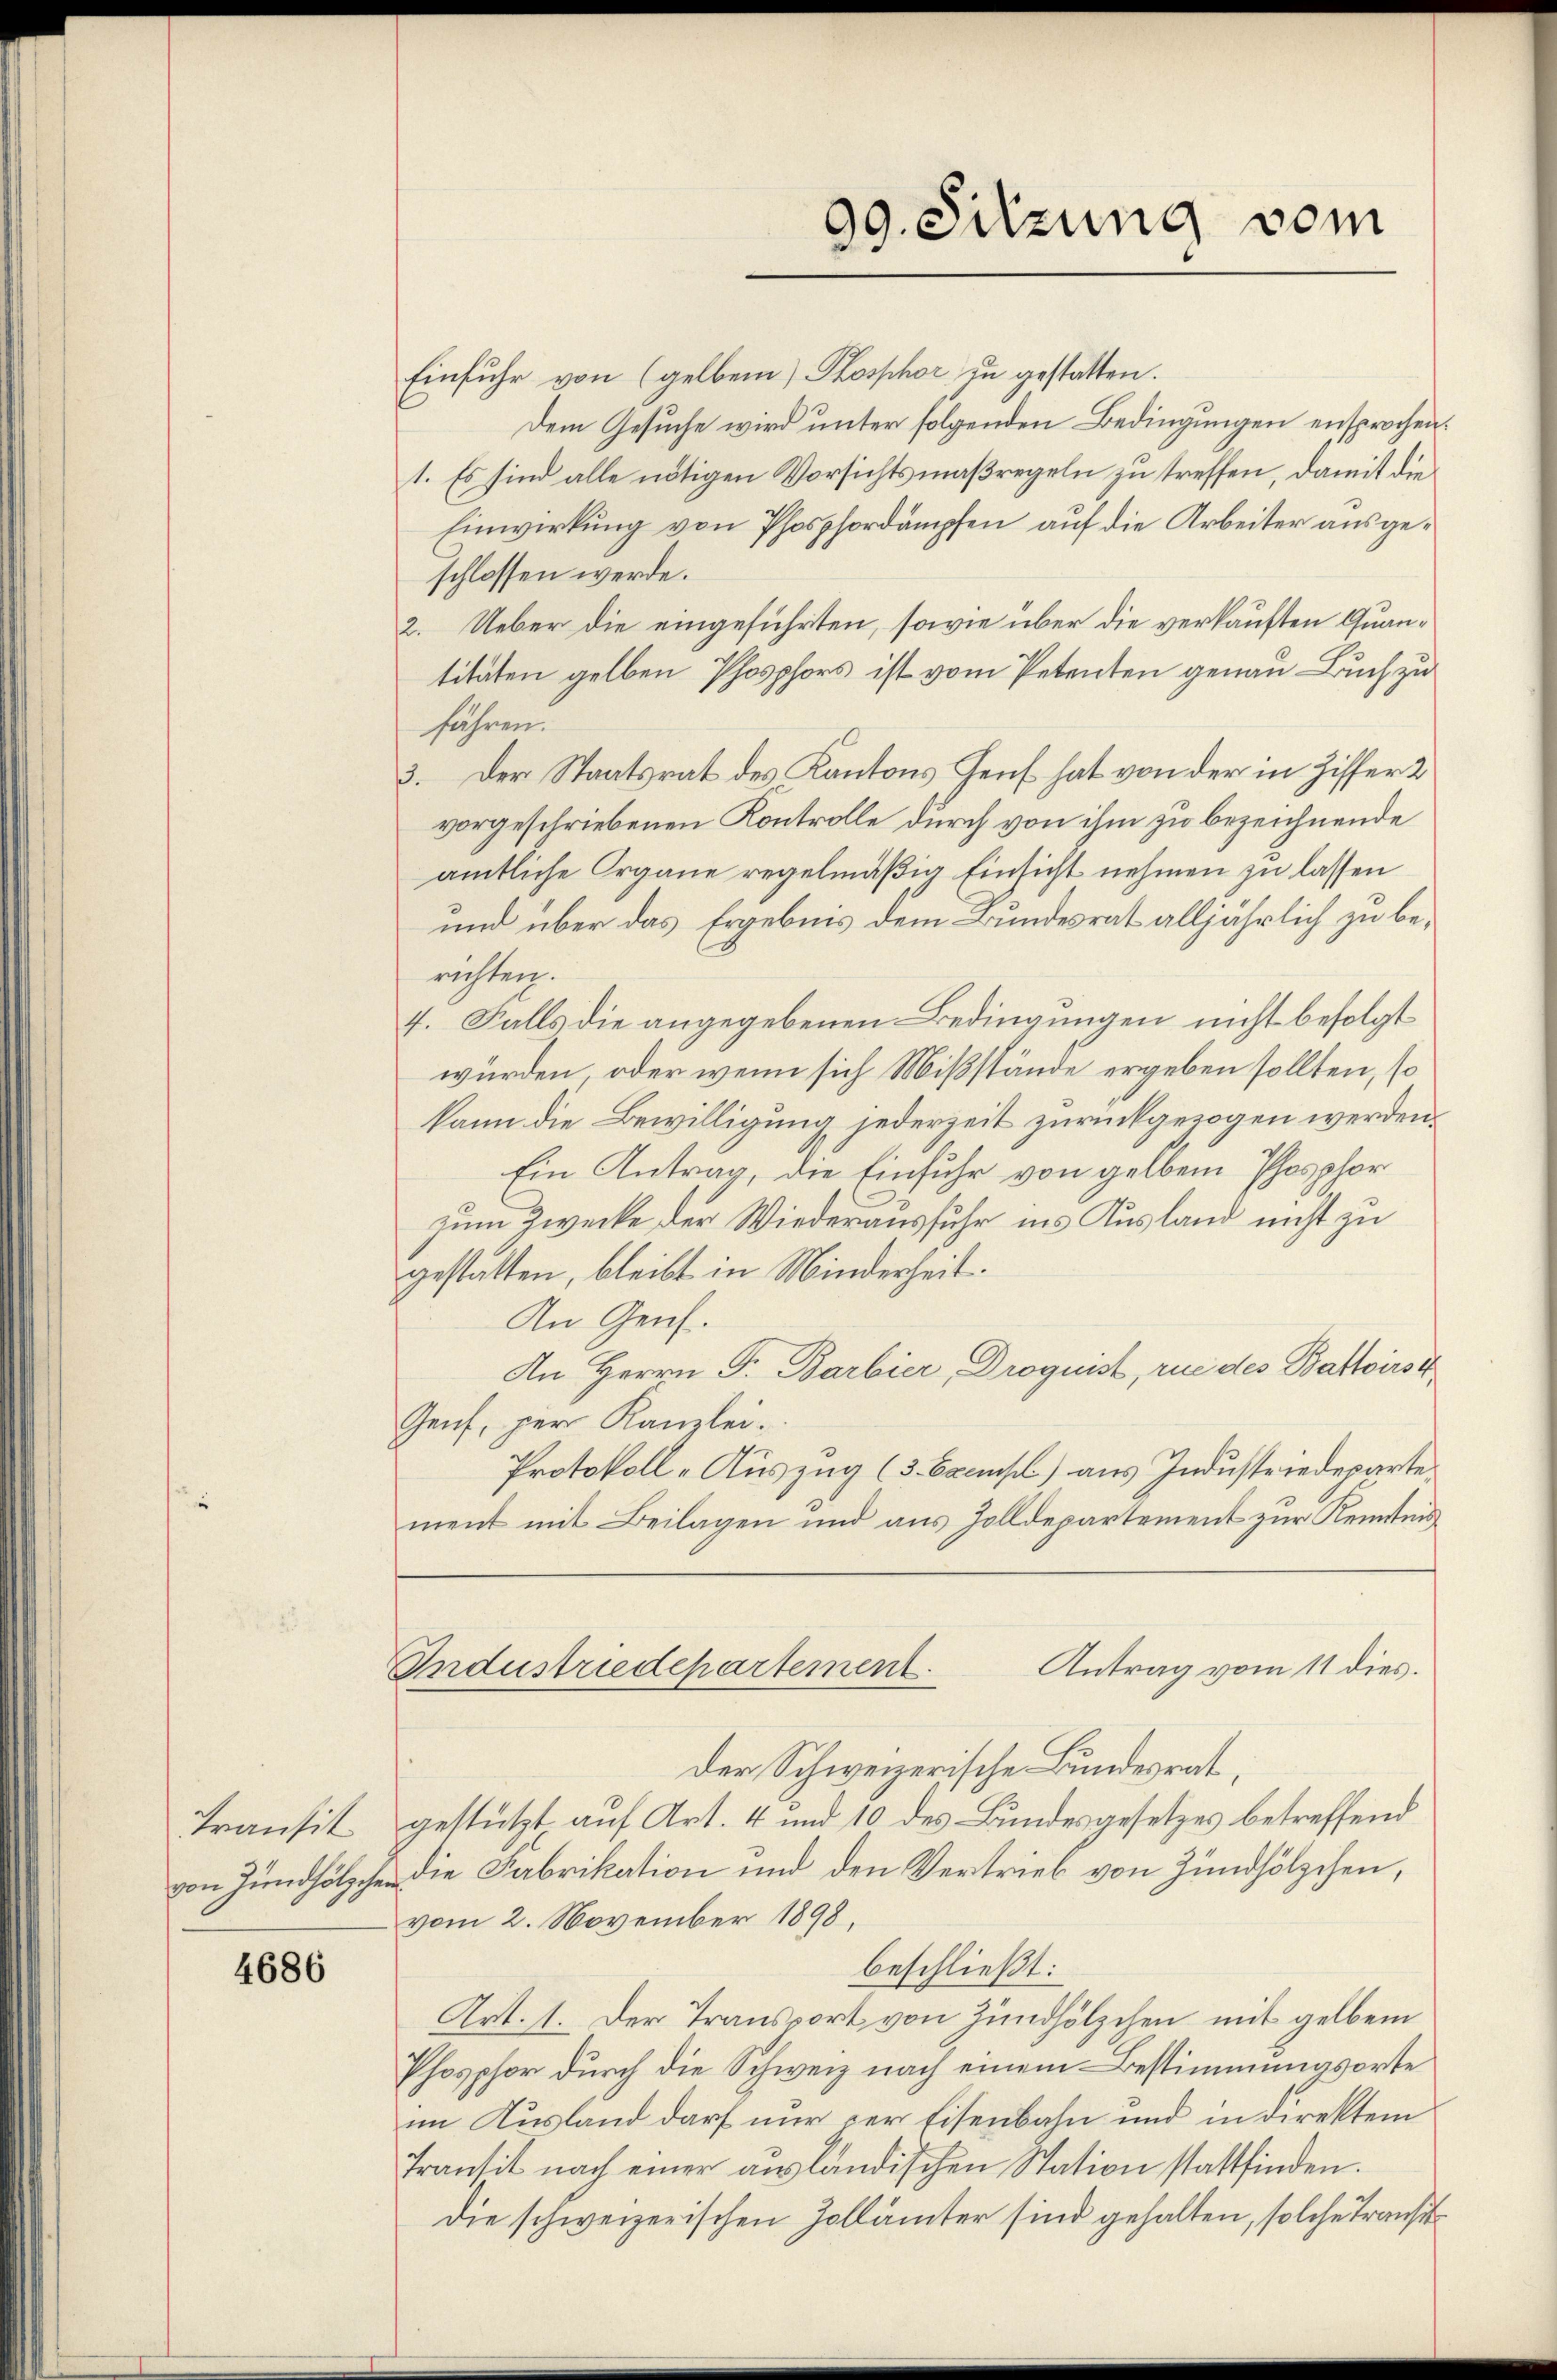
Transit

4686

99. Sitzung vom

Einfuhr von (gelben Phosphor zu gestatten.
Dem Gesuche wird unter folgenden Bedingungen ensprochen.
1. Es sind alle nötigen Vorsichtsmaßregeln zu treffen, damit die
Einwirkung von Phosphordämpfen auf die Arbeiter ausgeschlossen werde.
2. Ueber die eingeführten, sowie über die verkauften Quantitäten gelben Phosphors ist vom Petenten genau Buch zu
fähren.
3. Der Staatsrat des Kantons Genf hat von der in Ziffer 2
vorgeschriebenen Kontrolle durch von ihm zu bezeichnende
amtliche Organe regelmäßig Einsicht nehmen zu lassen
und über das Ergebnis dem Bundesrat alljährlich zu berichten.
4. Falls die angegebenen Bedingungen nicht befolgt
würden, oder wenn sich Mißstände ergeben sollten, so
kann die Bewilligung jederzeit zurückgezogen werden.
Ein Antrag, die Einfuhr von gelben Phosphor
zum Zwecke der Wiederausfuhr ins Ausland nicht zu
gestatten, bleibt in Minderheit.
An Genf.
An Herrn Dr. Barbier, Droguist, rue des Battoirst
Genf, per Kanzlei.
Protokoll-Auszug (3 Exempel) aus Industriedeparte.
ment mit Beilagen und aus Zolldepartement zur Kenntnis
Antrag vom 11 dies.
Industriedepartement.
Der Schweizerische Bundesrat,
gestützt auf Art. 4 und 10 des Bundesgesetzes betreffend
von Zündhölche die Fabrikation und den Vertrieb von Zündhölzchen,
vom 2. November 1898,
beschließt:
Art. 1. Der Transport von Zündhölzchen mit gelben
Phosphor durch die Schweiz nach einem Bestimmungsorte
im Ausland darf nur zur Eisenbahn und in direktem
Transit nach einer ausländischen Station stattfinden.
die schweizerischen Zollämter sind gehalten, solche Transit